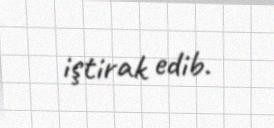
iştirak edib.